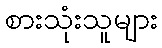
စားသုံးသူများ